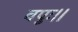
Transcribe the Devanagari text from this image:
वपुः।।